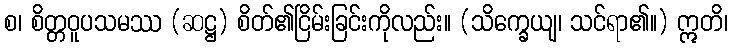
စ၊ စိတ္တဝူပသမဿ (ဆဋ္ဌ) စိတ်၏ငြိမ်းခြင်းကိုလည်း။ (သိက္ခေယျ၊ သင်ရာ၏။) ဣတိ၊